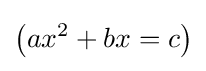
\left(ax^{2}+bx=c\right)